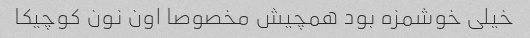
خیلی خوشمزه بود همچیش مخصوصا اون نون کوچیکا